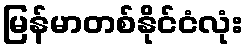
မြန်မာတစ်နိုင်ငံလုံး